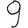
Digit: 9